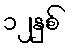
၁၂နှစ်